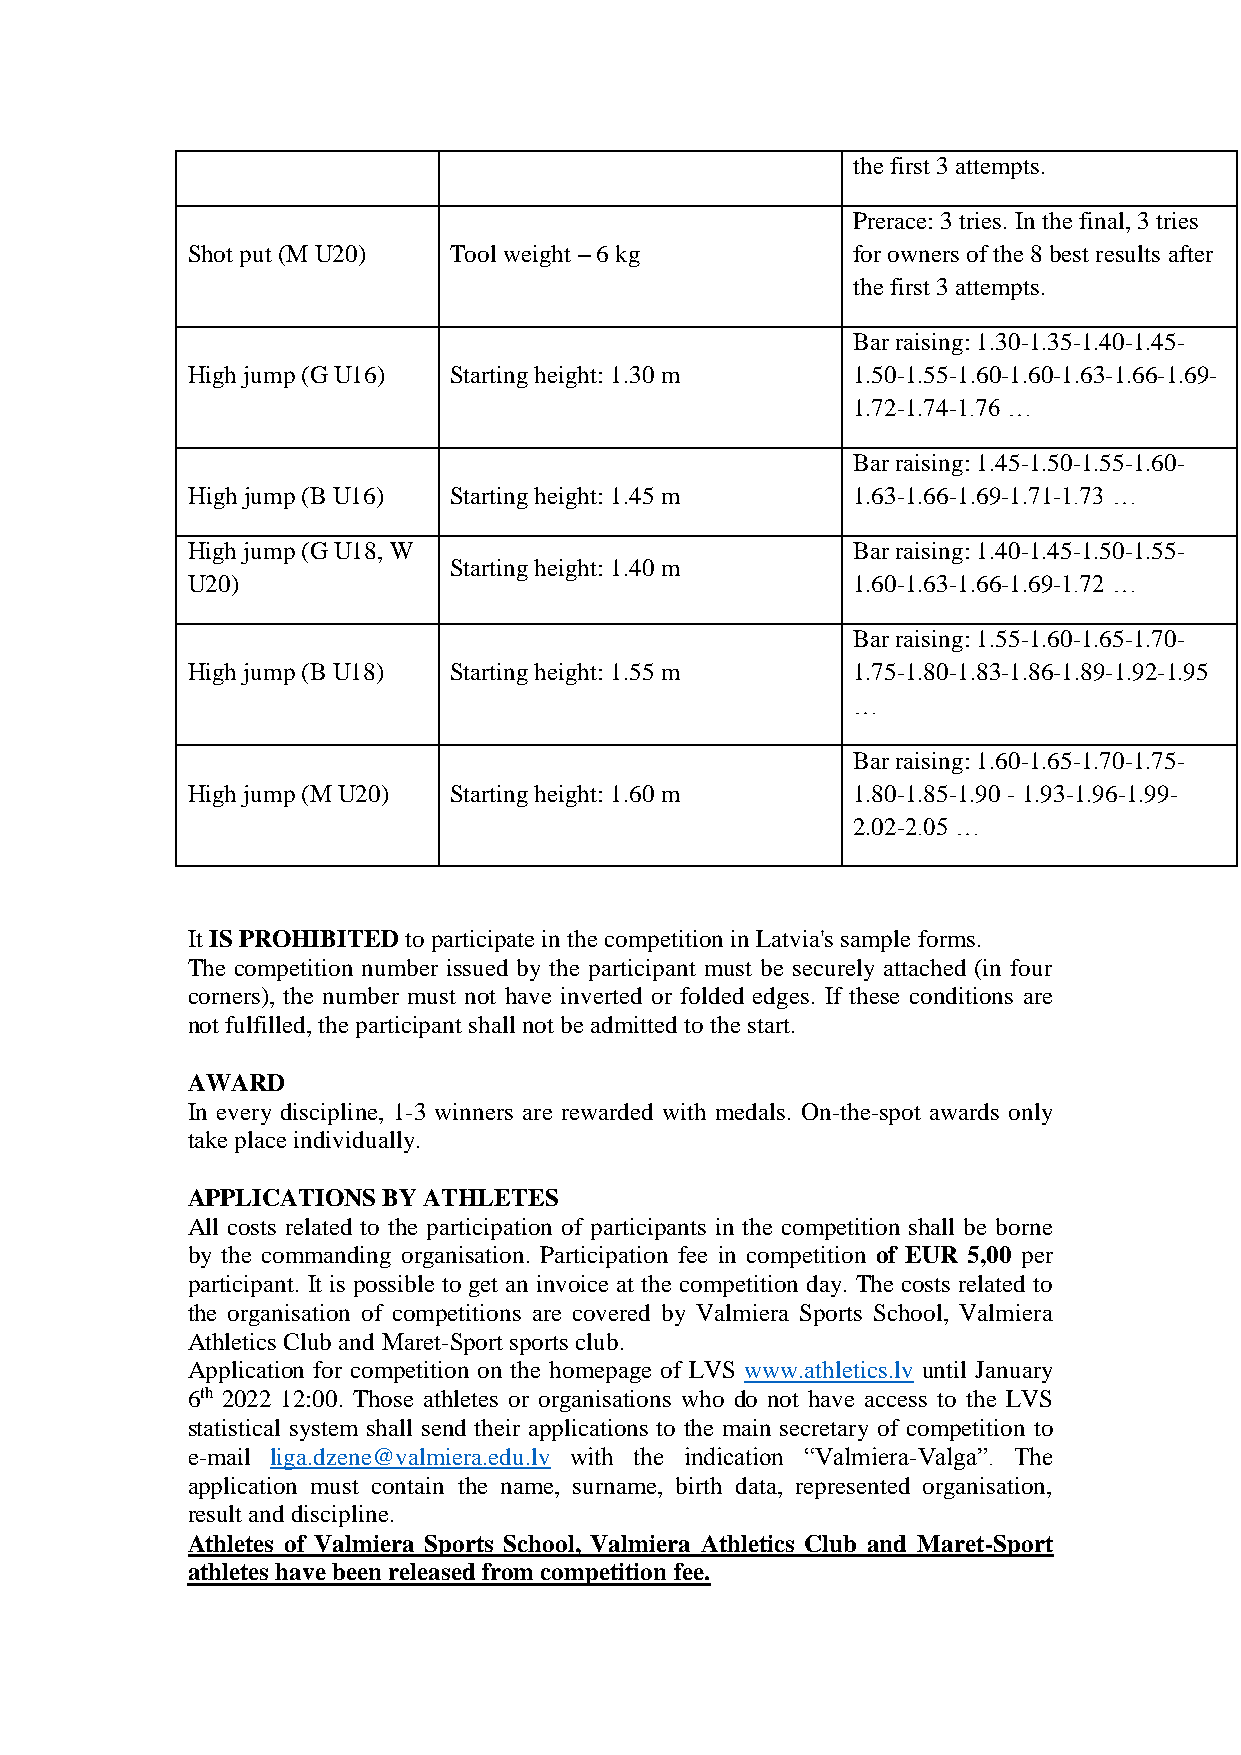
the first 3 attempts.
 Prerace: 3 tries. In the final, 3 tries
 Shot put (M U20)  Tool weight – 6 kg        for owners of the 8 best results after
 the first 3 attempts.
 Bar raising: 1.30-1.35-1.40-1.45-
 High jump (G U16) Starting height: 1.30 m   1.50-1.55-1.60-1.60-1.63-1.66-1.69-
 1.72-1.74-1.76 …
 Bar raising: 1.45-1.50-1.55-1.60-
 High jump (B U16) Starting height: 1.45 m   1.63-1.66-1.69-1.71-1.73 …
 High jump (G U18, W                         Bar raising: 1.40-1.45-1.50-1.55-
 Starting height: 1.40 m
 U20)                                        1.60-1.63-1.66-1.69-1.72 …
 Bar raising: 1.55-1.60-1.65-1.70-
 High jump (B U18) Starting height: 1.55 m   1.75-1.80-1.83-1.86-1.89-1.92-1.95
 …
 Bar raising: 1.60-1.65-1.70-1.75-
 High jump (M U20) Starting height: 1.60 m   1.80-1.85-1.90 - 1.93-1.96-1.99-
 2.02-2.05 …
 It IS PROHIBITED to participate in the competition in Latvia's sample forms.
 The competition number issued by the participant must be securely attached (in four
 corners), the number must not have inverted or folded edges. If these conditions are
 not fulfilled, the participant shall not be admitted to the start.
 AWARD
 In every discipline, 1-3 winners are rewarded with medals. On-the-spot awards only
 take place individually.
 APPLICATIONS BY ATHLETES
 All costs related to the participation of participants in the competition shall be borne
 by the commanding organisation. Participation fee in competition of EUR 5,00 per
 participant. It is possible to get an invoice at the competition day. The costs related to
 the organisation of competitions are covered by Valmiera Sports School, Valmiera
 Athletics Club and Maret-Sport sports club.
 Application for competition on the homepage of LVS www.athletics.lv until January
 6th 2022 12:00. Those athletes or organisations who do not have access to the LVS
 statistical system shall send their applications to the main secretary of competition to
 e-mail liga.dzene@valmiera.edu.lv with the indication “Valmiera-Valga”. The
 application must contain the name, surname, birth data, represented organisation,
 result and discipline.
 Athletes of Valmiera Sports School, Valmiera Athletics Club and Maret-Sport
 athletes have been released from competition fee.